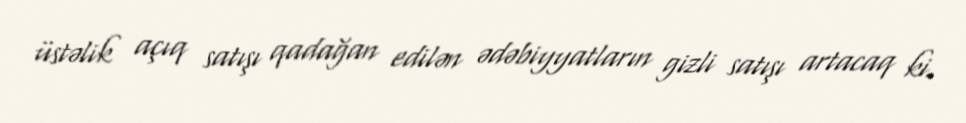
üstəlik açıq satışı qadağan edilən ədəbiyyatların gizli satışı artacaq ki.